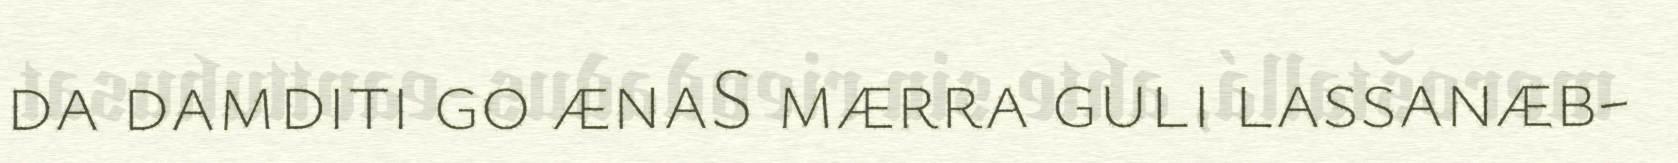
da damditi go ænaS mærra guli lassanæb-